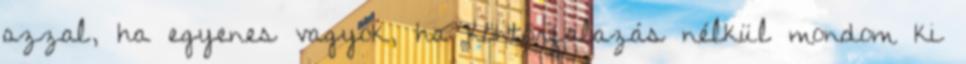
azzal, ha egyenes vagyok, ha köntörfalazás nélkül mondom ki